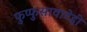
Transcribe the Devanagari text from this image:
फुप्फुसावाटेही